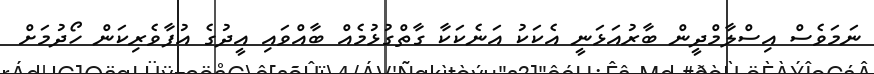
ނަމަވެސް އިސްލާމްދީން ބާރުއަޅަނީ އެކަކު އަނެކަކާ ގާތްގުޅުމެއް ބާއްވައި އީދުގެ އުފާވެރިކަން ހޯދުމަށް